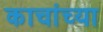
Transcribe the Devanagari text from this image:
काचांच्या